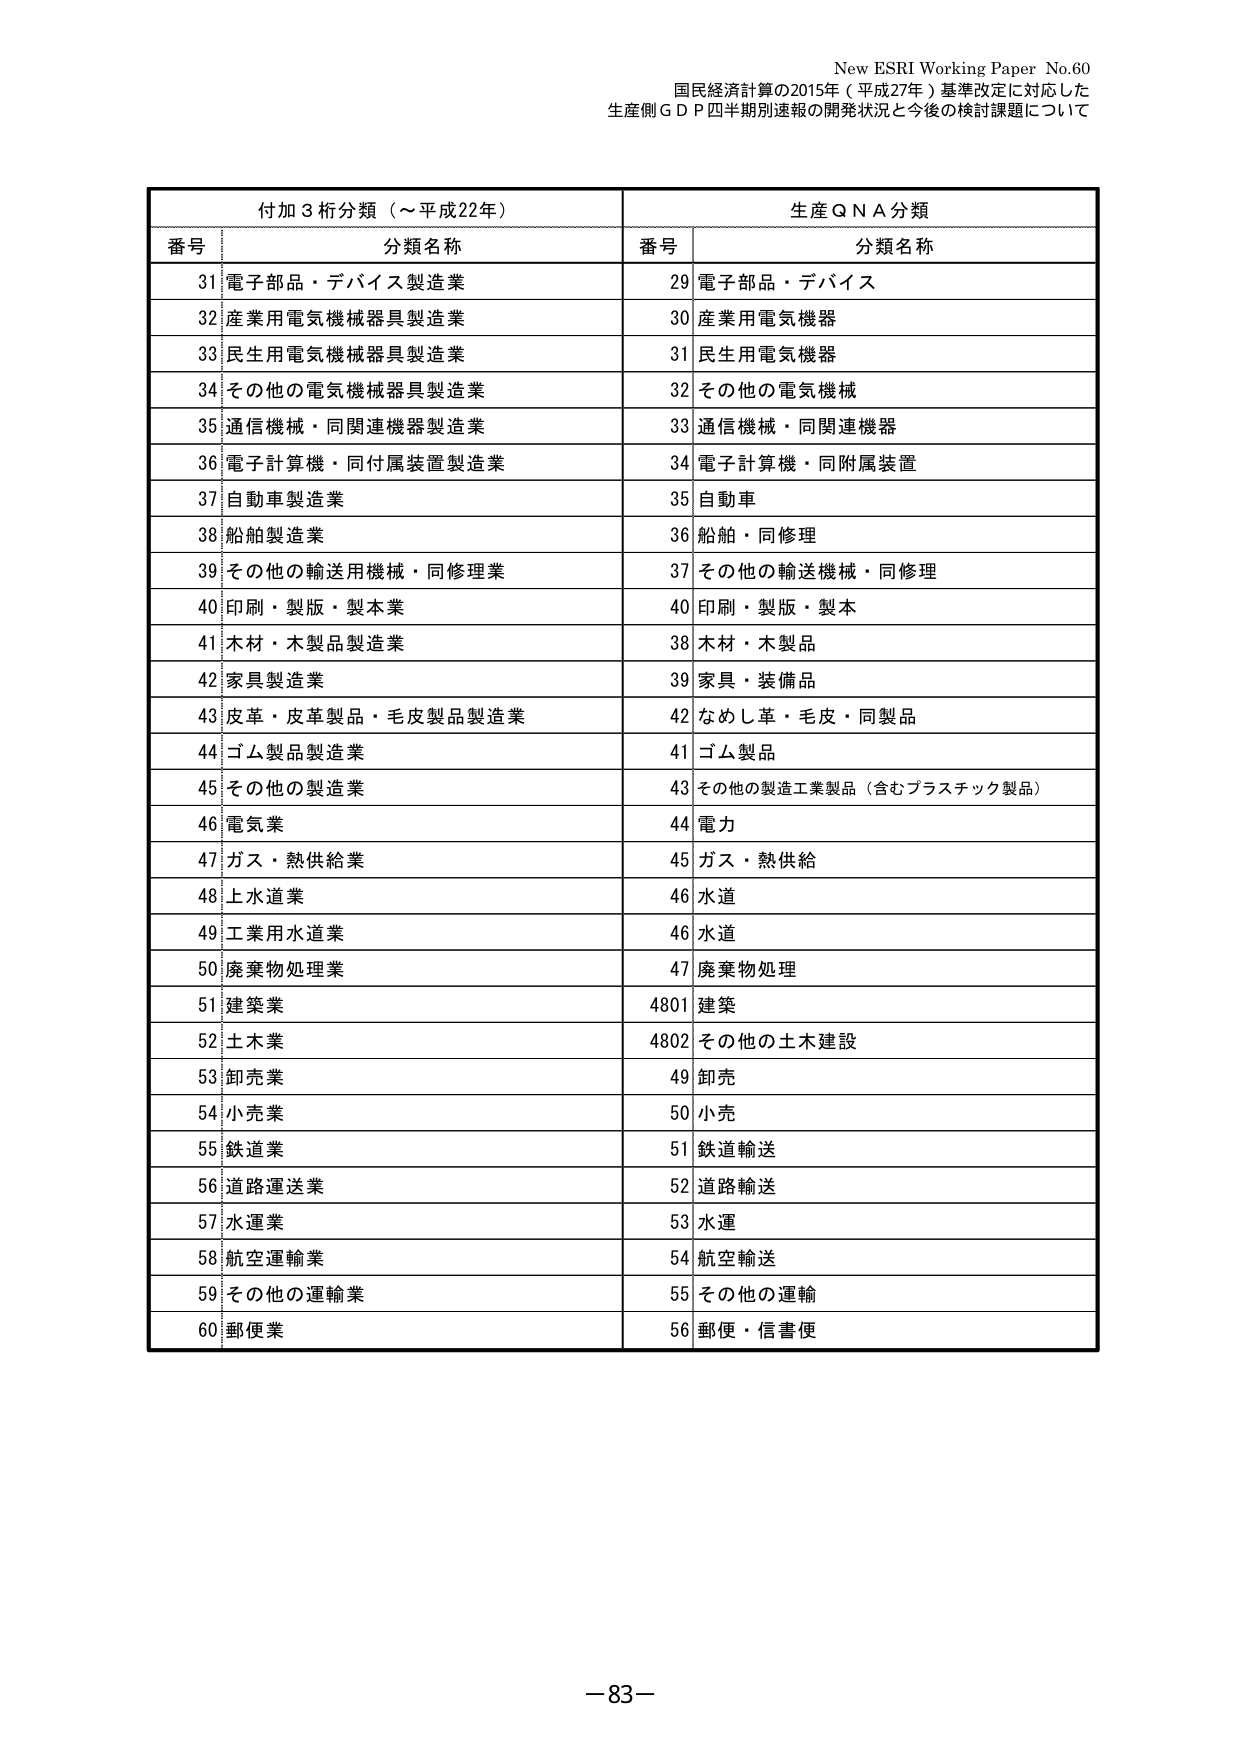
New ESRI Working Paper No.60
国民経済計算の2015年（平成27年）基準改定に対応した
生産側ＧＤＰ四半期別速報の開発状況と今後の検討課題について

付加３桁分類（～平成22年）　　　　　　　　　　生産ＱＮＡ分類
番号　分類名称　　　　　　　　　　　　　　　　番号　分類名称
31　電子部品・デバイス製造業　　　　　　　　　29　電子部品・デバイス
32　産業用電気機械器具製造業　　　　　　　　　30　産業用電気機器
33　民生用電気機械器具製造業　　　　　　　　　31　民生用電気機器
34　その他の電気機械器具製造業　　　　　　　　32　その他の電気機械
35　通信機械・同関連機器製造業　　　　　　　　33　通信機械・同関連機器
36　電子計算機・同付属装置製造業　　　　　　　34　電子計算機・同付属装置
37　自動車製造業　　　　　　　　　　　　　　　35　自動車
38　船舶製造業　　　　　　　　　　　　　　　　36　船舶・同修理
39　その他の輸送用機械・同修理業　　　　　　　37　その他の輸送機械・同修理
40　印刷・製版・製本業　　　　　　　　　　　　40　印刷・製版・製本
41　木材・木製品製造業　　　　　　　　　　　　38　木材・木製品
42　家具製造業　　　　　　　　　　　　　　　　39　家具・装備品
43　皮革・皮革製品・毛皮製品製造業　　　　　　42　なめし革・毛皮・同製品
44　ゴム製品製造業　　　　　　　　　　　　　　41　ゴム製品
45　その他の製造業　　　　　　　　　　　　　　43　その他の製造工業製品（含むプラスチック製品）
46　電気業　　　　　　　　　　　　　　　　　　44　電力
47　ガス・熱供給業　　　　　　　　　　　　　　45　ガス・熱供給
48　上水道業　　　　　　　　　　　　　　　　　46　水道
49　工業用水道業　　　　　　　　　　　　　　　46　水道
50　廃棄物処理業　　　　　　　　　　　　　　　47　廃棄物処理
51　建築業　　　　　　　　　　　　　　　　　　4801　建築
52　土木業　　　　　　　　　　　　　　　　　　4802　その他の土木建設
53　卸売業　　　　　　　　　　　　　　　　　　49　卸売
54　小売業　　　　　　　　　　　　　　　　　　50　小売
55　鉄道業　　　　　　　　　　　　　　　　　　51　鉄道輸送
56　道路運送業　　　　　　　　　　　　　　　　52　道路輸送
57　水運業　　　　　　　　　　　　　　　　　　53　水運
58　航空運輸業　　　　　　　　　　　　　　　　54　航空輸送
59　その他の運輸業　　　　　　　　　　　　　　55　その他の運輸
60　郵便業　　　　　　　　　　　　　　　　　　56　郵便・信書便

－83－